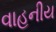
વાહનીય